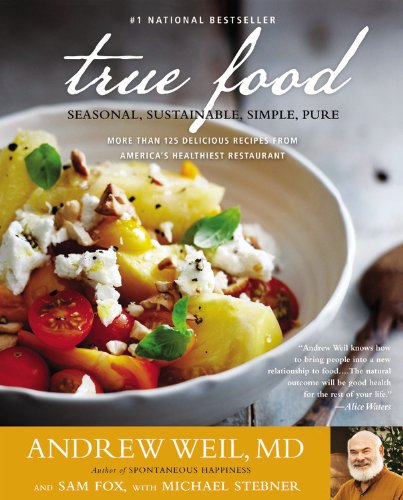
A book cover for True Food: Seasonal, Sustainable, Simple, Pure; Andrew Weil; Cookbooks, Food & Wine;